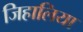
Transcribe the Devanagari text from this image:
जिहालिया